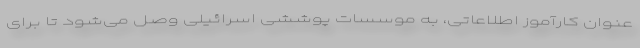
عنوان کارآموز اطلاعاتی، به موسسات پوششی اسرائیلی وصل می‌شود تا برای